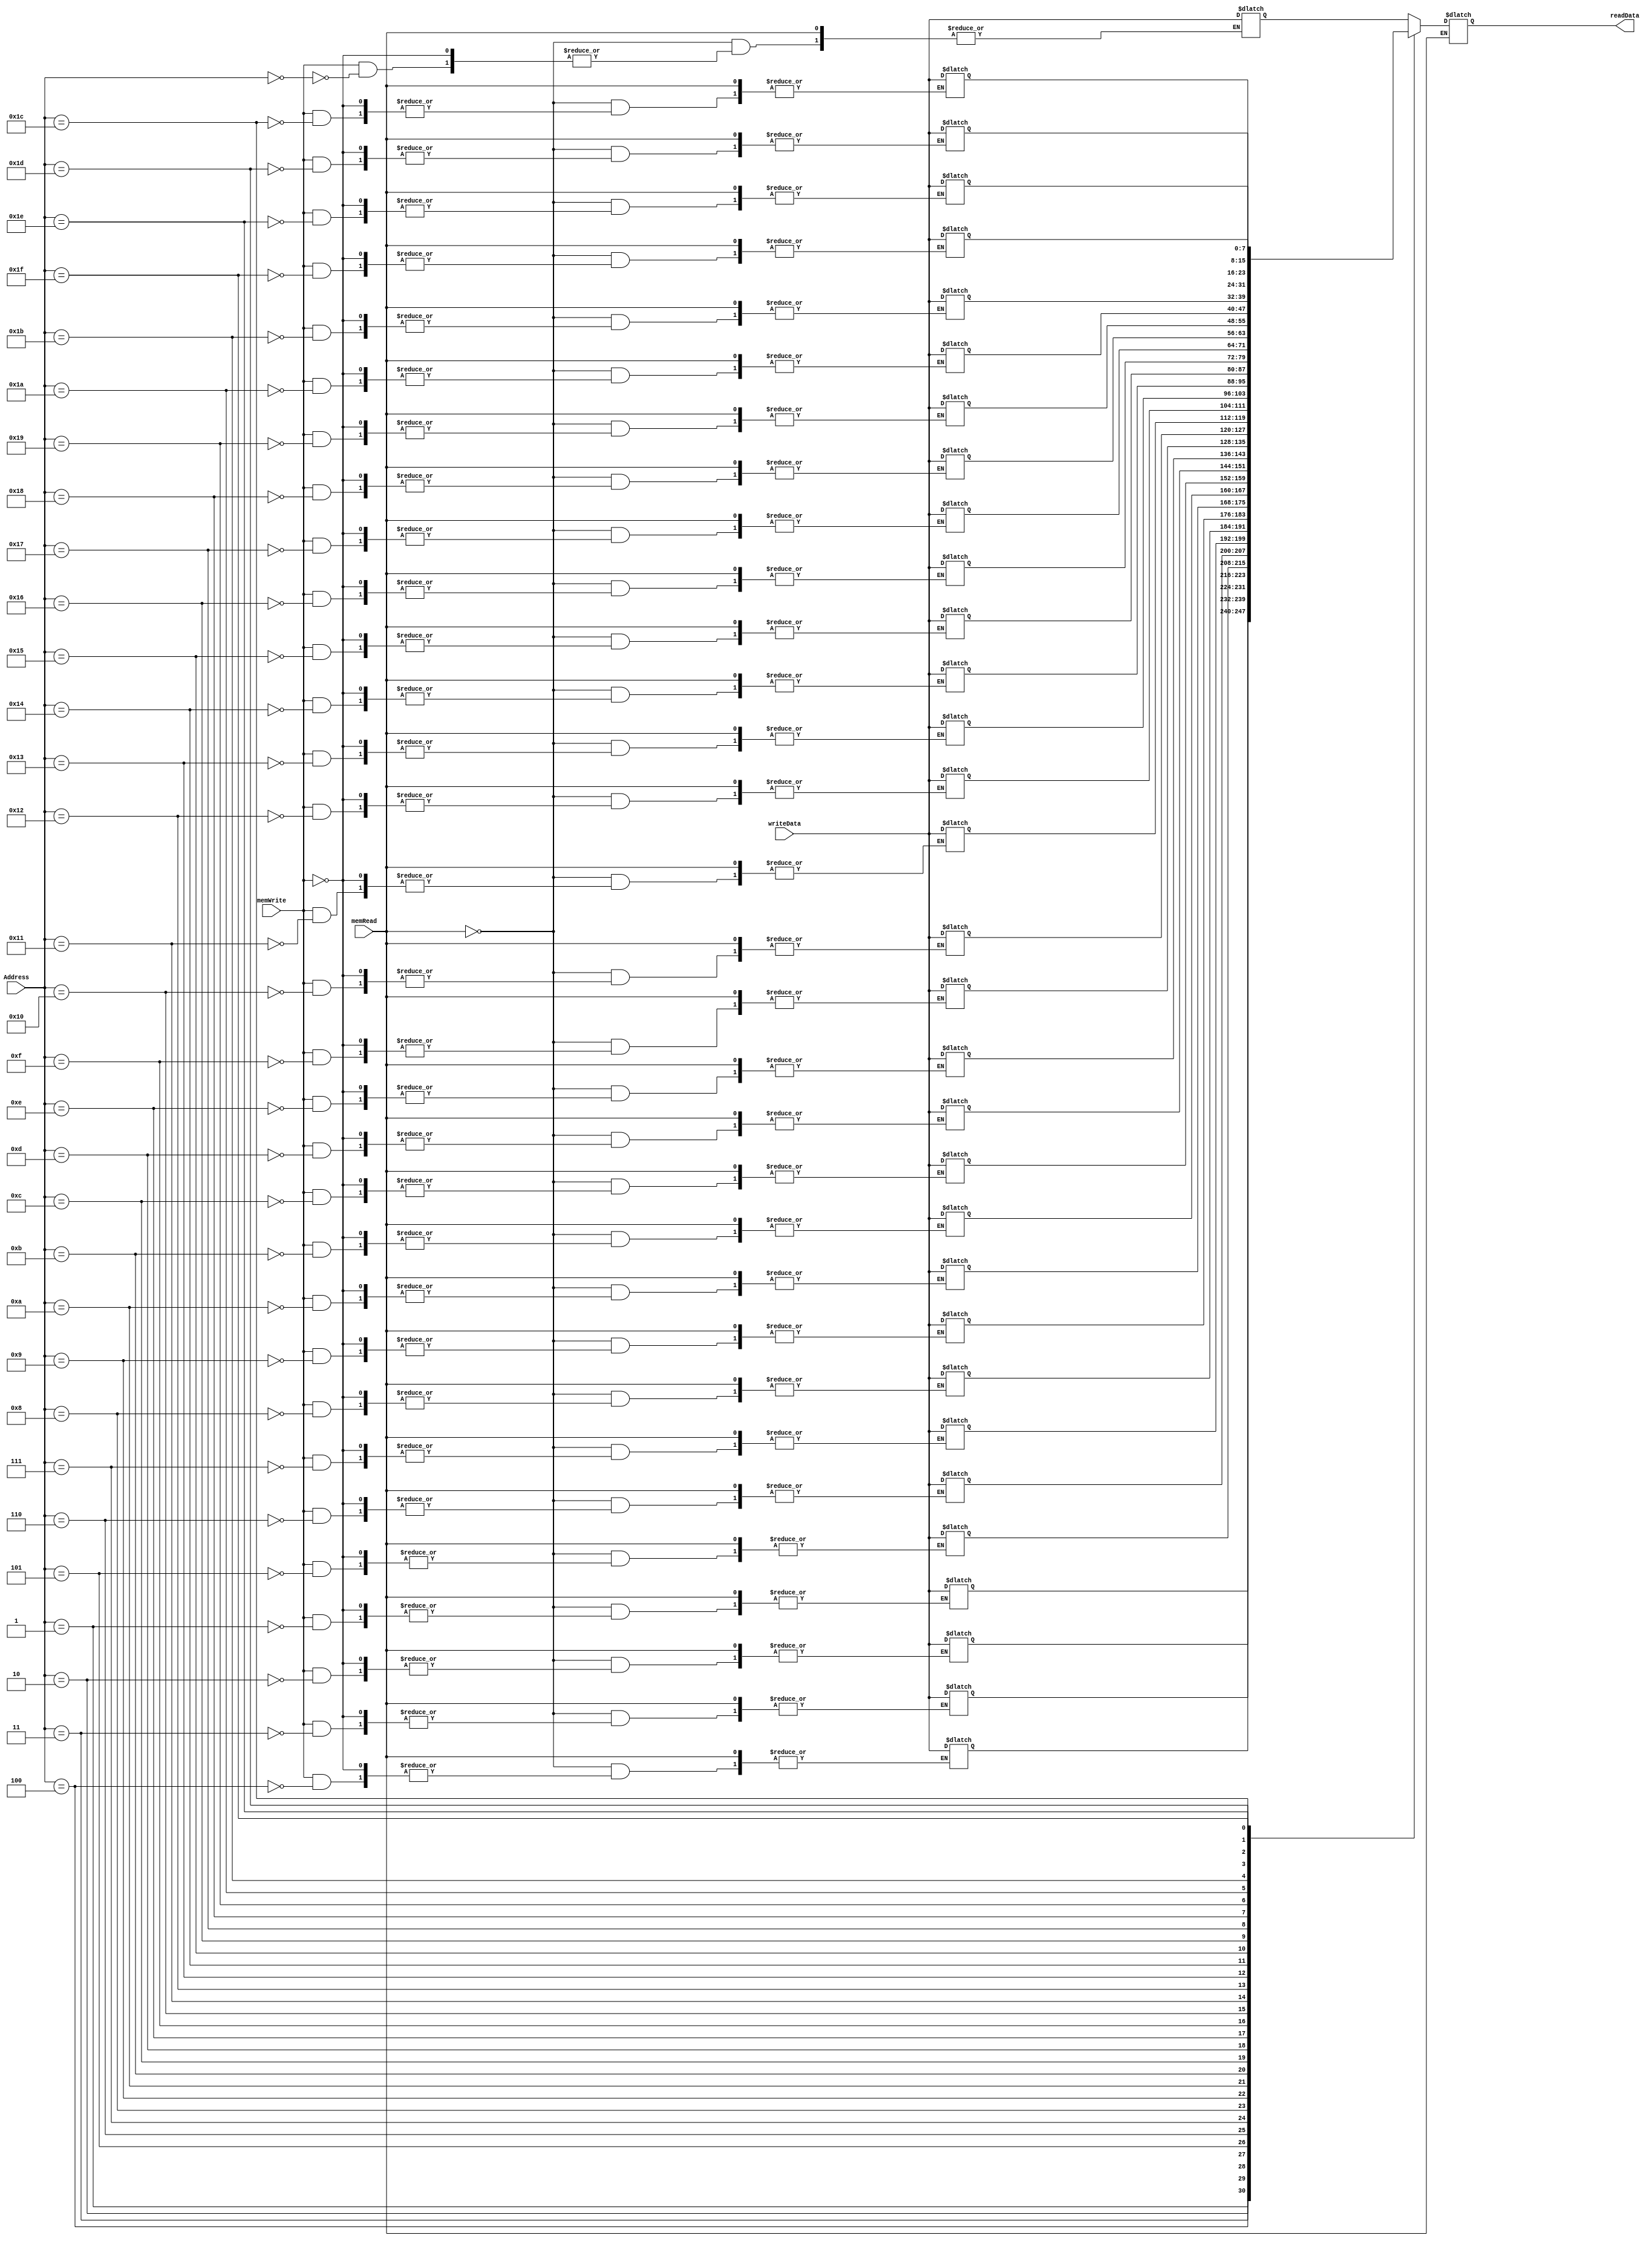
module memory(input memWrite,memRead,input [7:0]writeData,input [4:0]Address,output reg [7:0]readData);
reg[7:0] mem[0:31];

initial begin
    //instruction//(c+d)-(a+b)
    mem[0]=8'b100_10000;//push <-M[16]//a 
    mem[1]=8'b100_10001;//push <-M[17]//b
    mem[2]=8'b000_00000;//add
    mem[3]=8'b100_10010;//push <-M[18]//c
    mem[4]=8'b100_10011;//push <-M[19]//d
    mem[5]=8'b000_00000;//add
    mem[6]=8'b001_00000;//sub
    mem[7]=8'b101_10100;//pop ->M[20]
    //data
    mem[16]=8'd7;
    mem[17]=8'd9;
    mem[18]=8'd14;
    mem[19]=8'd3;
end

always@(memRead,Address,memWrite)begin
    if (memRead ==1)
        readData <= mem[Address];
    else if(memWrite==1)
        mem[Address]<=writeData;
end
endmodule